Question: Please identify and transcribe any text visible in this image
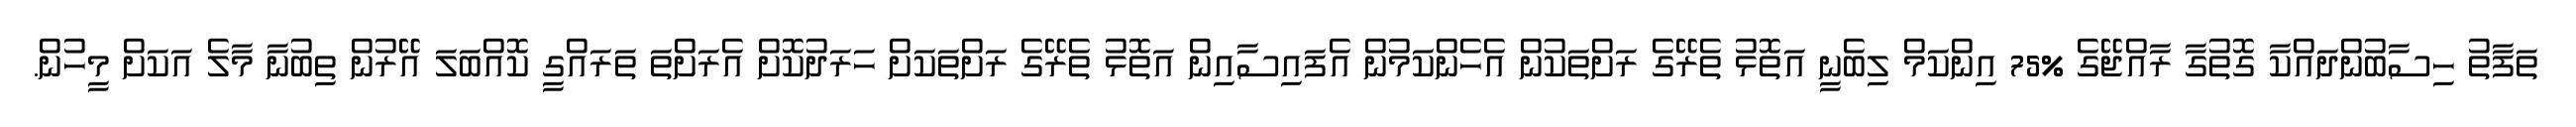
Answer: ތަފާތު ހިސާބުންދައްކާ ގޮތުގާ ރާއްޖޭގެ %75 އިންކަމް ލިބެނީ އަތޮޅު ތެރޭގެ ރަށްތަކުން އެހެންކަމުން އެފައިސާއިން އަތޮޅު ތެރޭގެ ރަށްތަކަށް ހަރަދުކޮށް އެރަށްތަ ތަރައްގީ ކޮއްބަލަ އޭރުން ތިބުނާ މާލެ އަކަށް މީހުން.